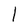
Character: 1